DOW-UAP-D48, Department of the Air Force Report, 1996
Agency: Department of War
Incident date: 9/10/96
Page 25
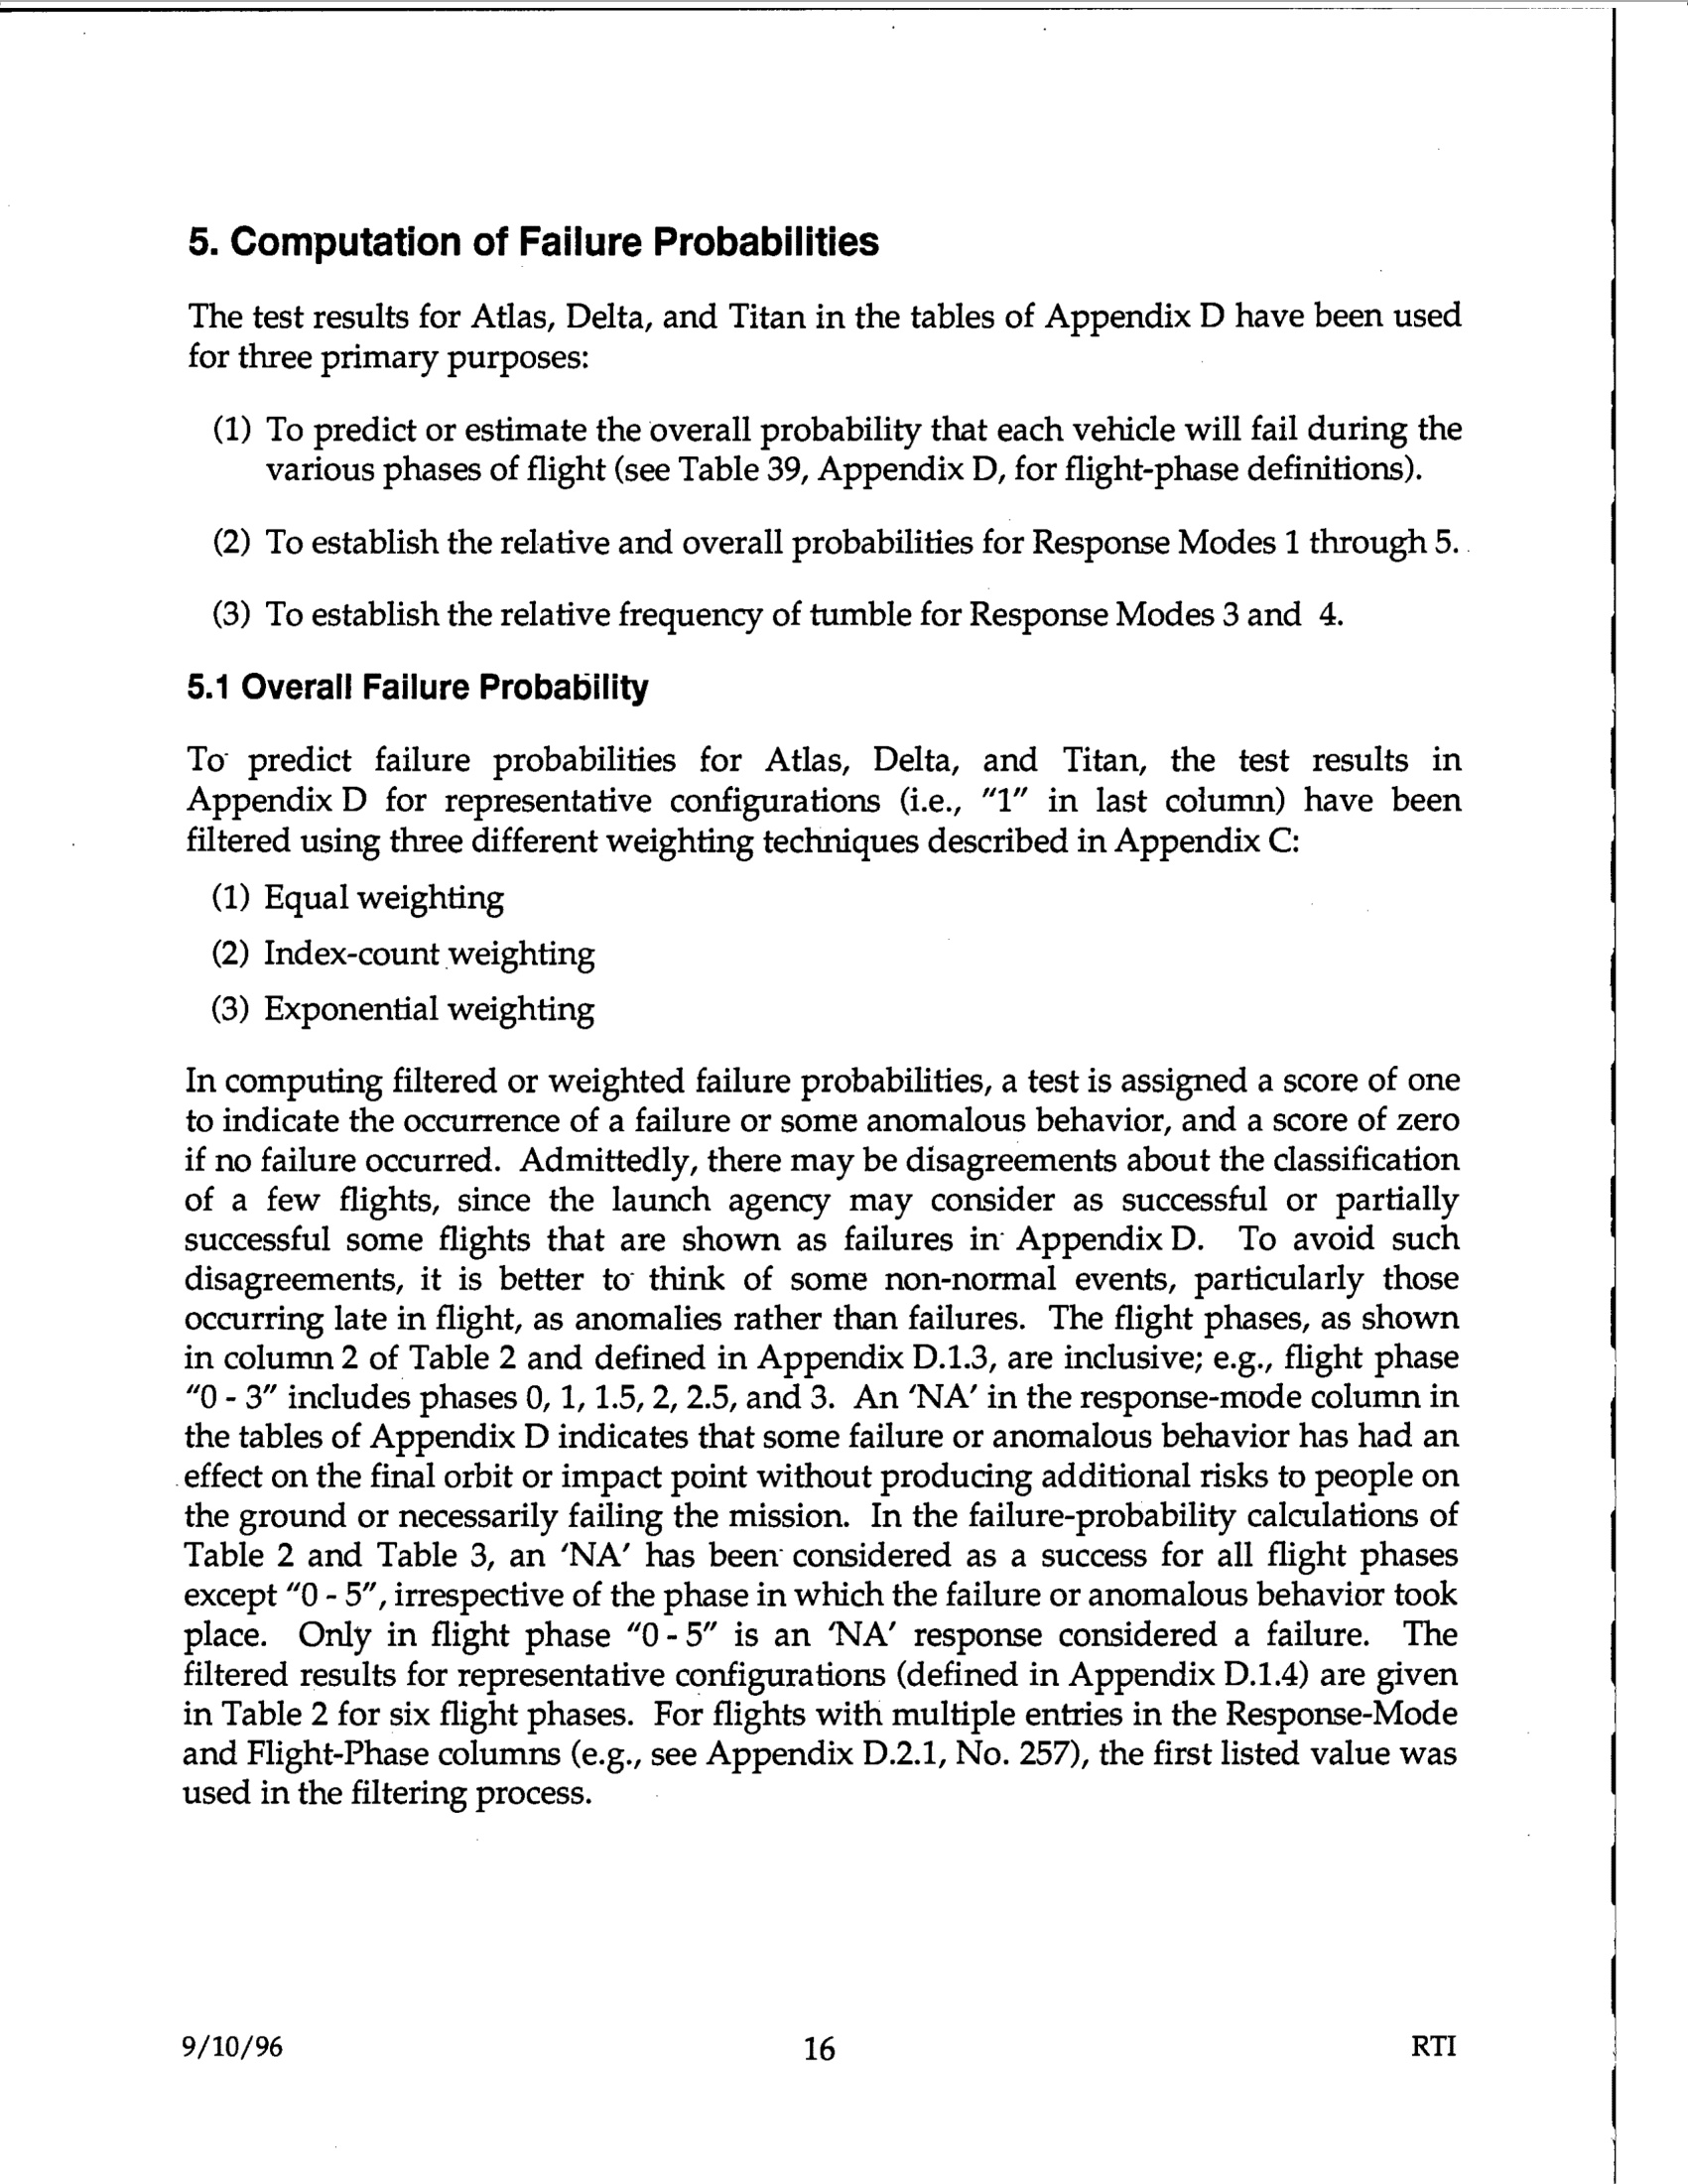